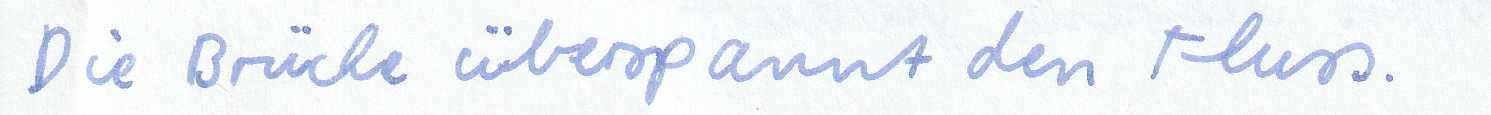
Die Brücke überspannt den Fluss.